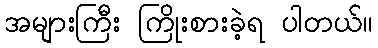
အများကြီး ကြိုးစားခဲ့ရ ပါတယ်။